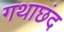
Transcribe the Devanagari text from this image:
गथाछंद